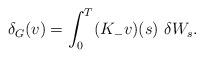
LaTeX: \begin{align*}\delta_G(v)= \int_0^T (K_{-} v)(s) \ \delta W_s. \end{align*}